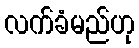
လက်ခံမည်ဟု